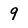
Character: 9